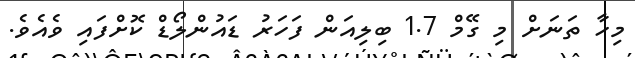
މިހާ ތަނަށް މި ގޭމް 1.7 ބިލިއަން ފަހަރު ޑައުންލޯޑް ކޮށްފައި ވެއެވެ.